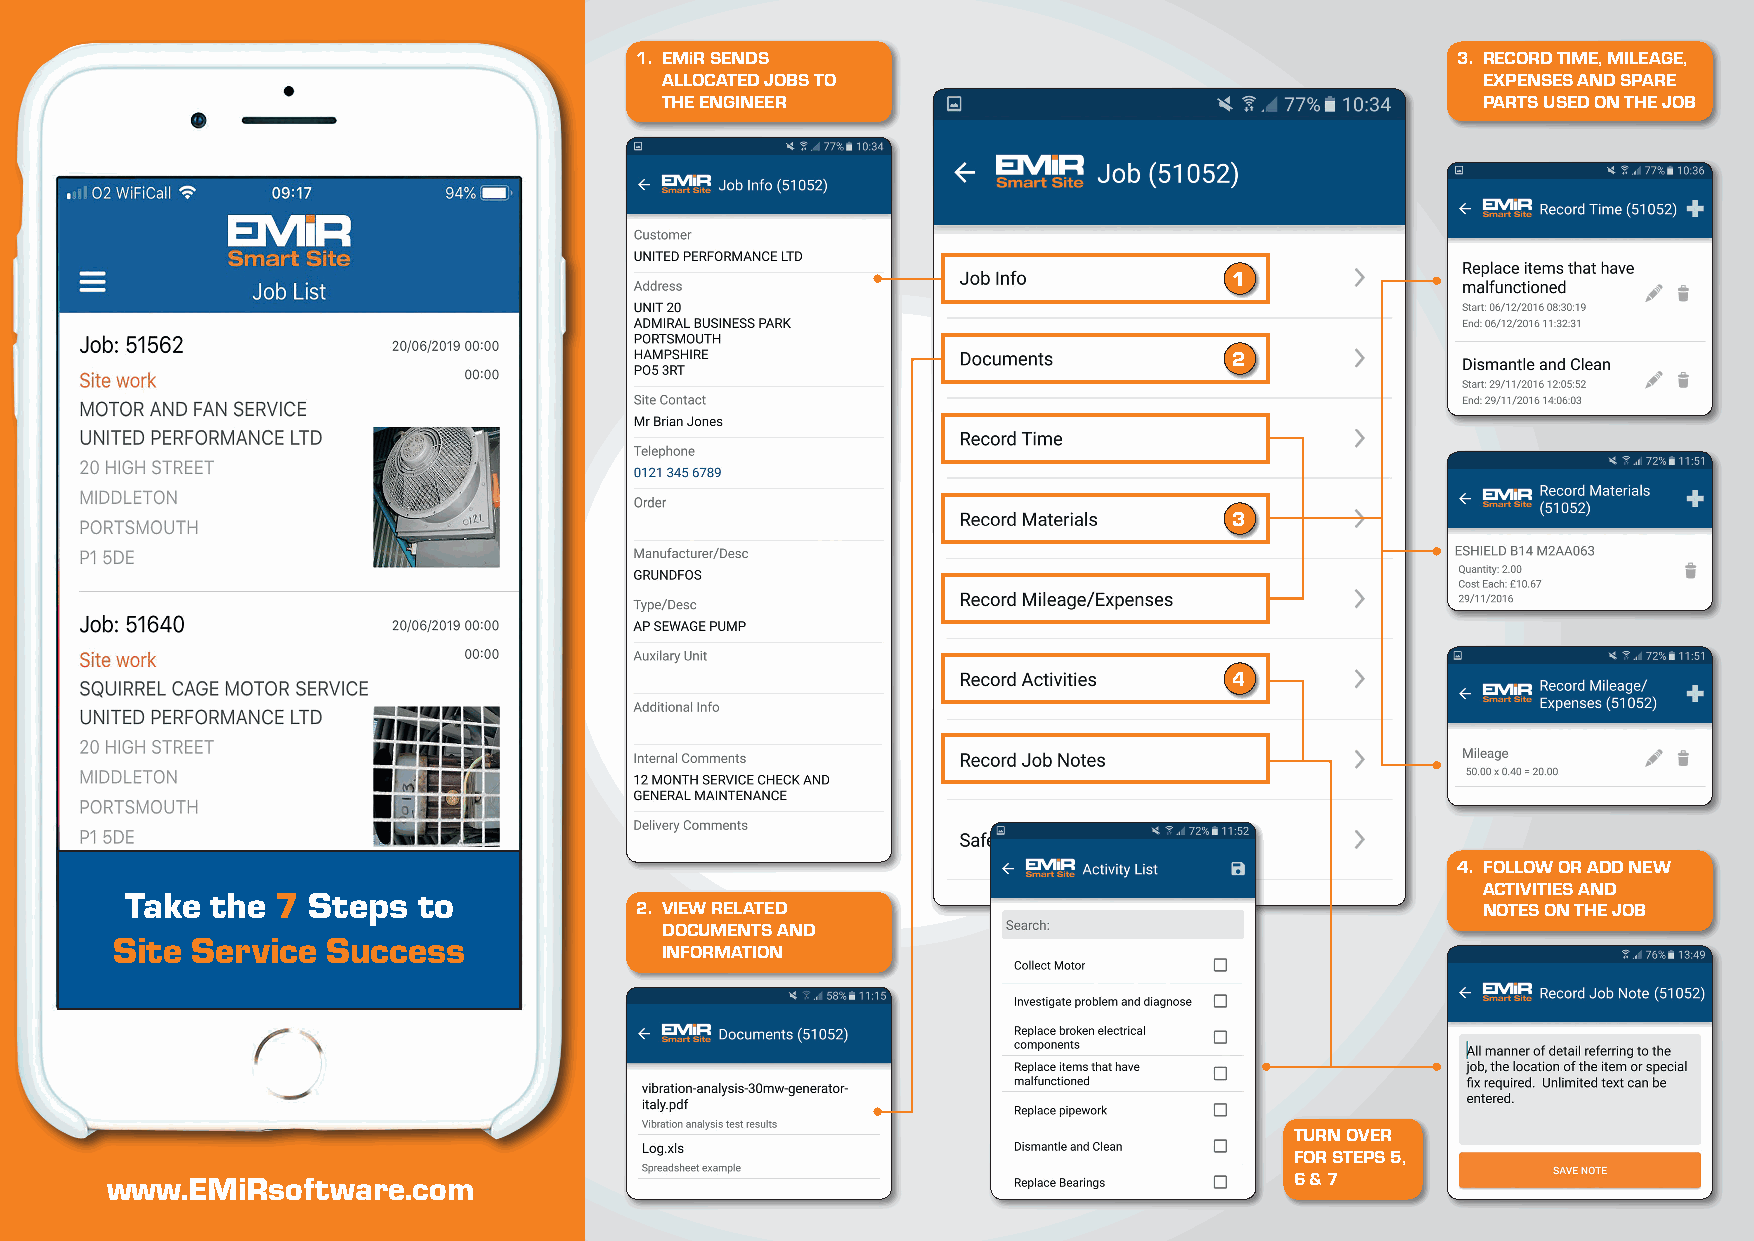
1. EMiR SENDS                                         3. RECORD TIME, MILEAGE,
 ALLOCATED JOBS TO                                     EXPENSES AND SPARE
 THE ENGINEER                                          PARTS USED ON THE JOB
 1
 2
 3
 4
 4. FOLLOW OR ADD NEW
 ACTIVITIES AND
 Take  the 7 Steps   to
 2. VIEW RELATED                                         NOTES ON THE JOB
 DOCUMENTS AND
 Site  Service  Success
 INFORMATION
 TURN OVER
 FOR STEPS 5,
 www.EMiRsoftware.com                                                           6 & 7